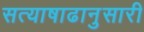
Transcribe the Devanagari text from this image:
सत्याषाढानुसारी